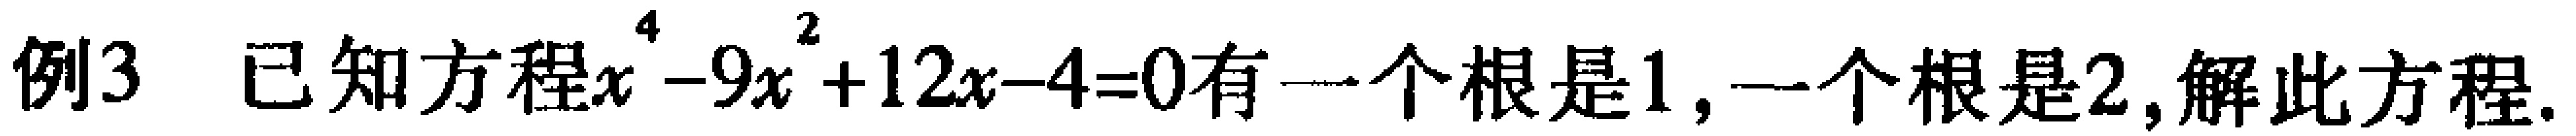
例3 已知方程\(x^{4}-9x^{2}+12x - 4 = 0\)有一个根是\(1\)，一个根是\(2\)，解此方程.